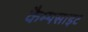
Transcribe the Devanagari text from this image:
कैम्पसाइट